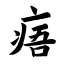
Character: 痦